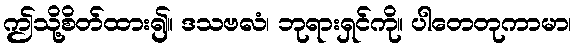
ဤသို့စိတ်ထား၍။ ဒသဗလံ၊ ဘုရားရှင်ကို။ ပါတေတုကာမာ၊